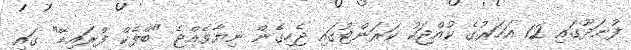
ފުނަދޫގައި 12 އަހަރުގެ ކުއްޖަކު ކަރަންޓުގައި ޖެހިގެން ނިޔާވެއްޖެ "ބްލެކް ފްރައިޑޭ" ގައި